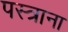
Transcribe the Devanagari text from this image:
पस्त्राना